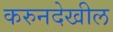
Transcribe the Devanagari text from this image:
करुनदेखील